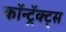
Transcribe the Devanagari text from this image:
कॉन्ट्रॅक्ट्स